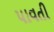
પાવતી